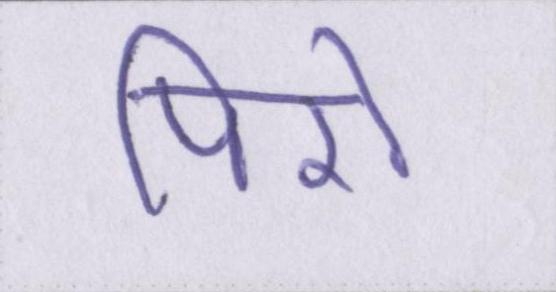
पिरो